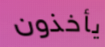
يأخذون